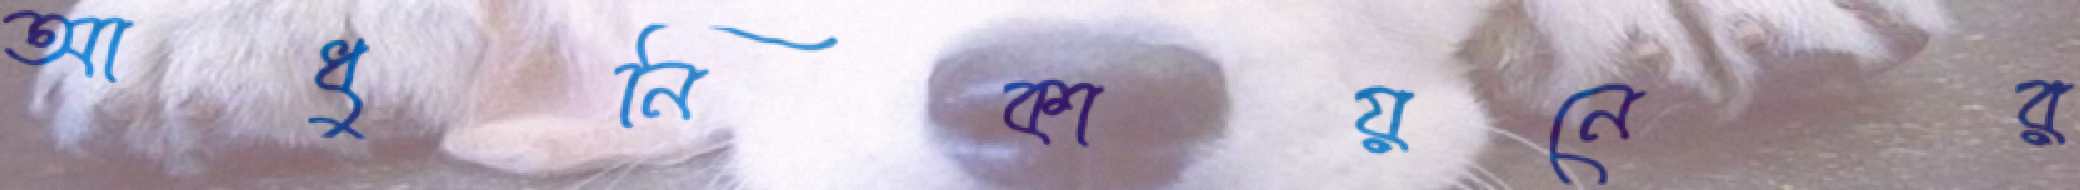
আধুনিকায়নের